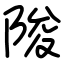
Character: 陖